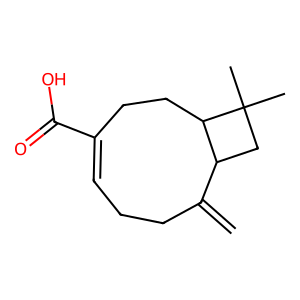
SMILES: C=C1CCC=C(C(=O)O)CCC2C1CC2(C)C
Inhibits HIV replication: No